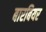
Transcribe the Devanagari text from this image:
बारबियर